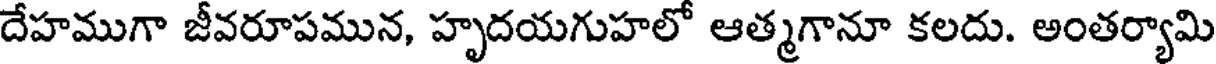
దేహముగా జీవరూపమున, హృదయగుహలో ఆత్మగానూ కలదు. అంతర్యామి